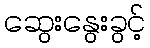
ဆွေးနွေးခွင့်